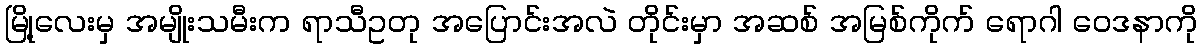
မြို့လေးမှ အမျိုးသမီးက ရာသီဥတု အပြောင်းအလဲ တိုင်းမှာ အဆစ် အမြစ်ကိုက် ရောဂါ ဝေဒနာကို